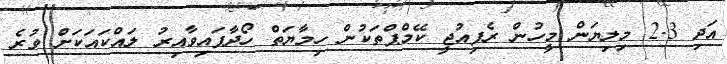
އަދި 2.3 މިލިޔަން މީހުން ރެފިއުޖީ ކޭމްޕްތަކުން ހިމާޔަތް ހޯދާފައިވާއިރު ލައްކައަކަށް ވުރެ